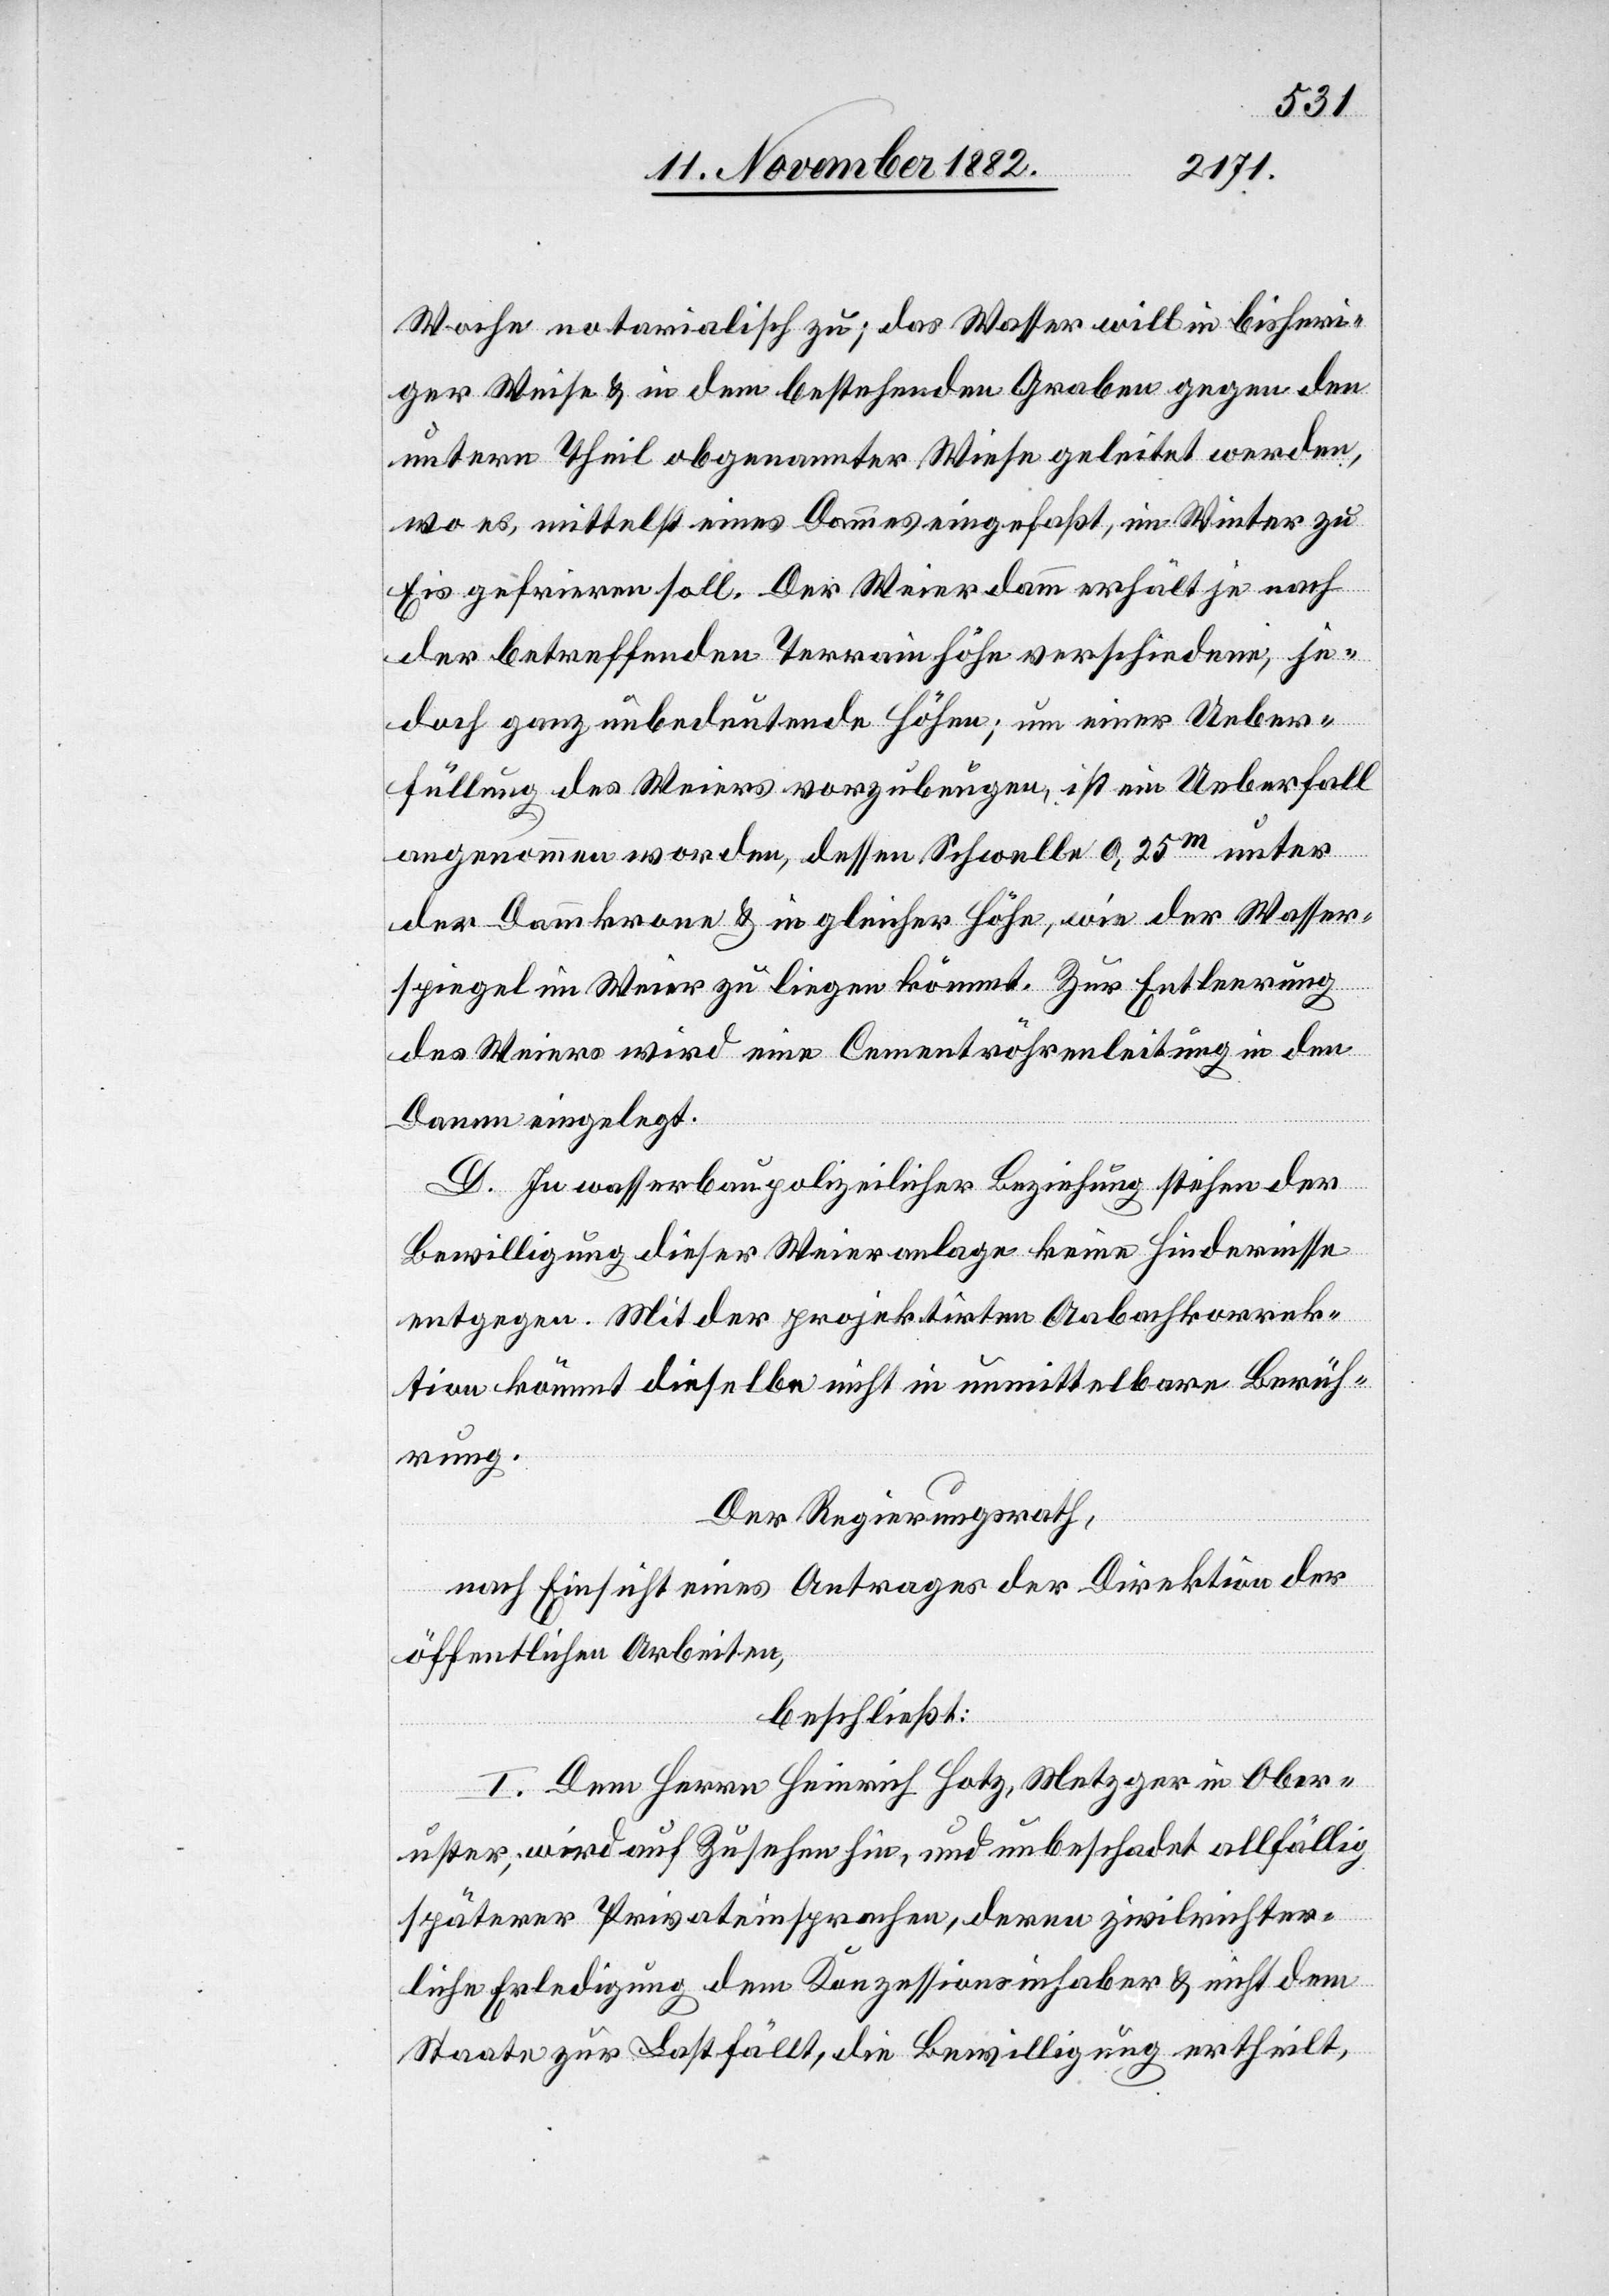
Woche notarialisch zu; das Wasser will in bisheri¬
ger Weise & in dem bestehenden Graben gegen den
untern Theil obgenannter Wiese geleitet werden,
wo es, mittelst eines Dammes eingefaßt, im Winter zu
Eis gefrieren soll. Der Weierdamm erhält je nach
der betreffenden Terrainhöhe verschiedene, je¬
doch ganz unbedeutende Höhen; um einer Ueber¬
füllung des Weiers vorzubeugen, in ein Ueberfall
angenommen worden, dessen Schwelle 0,25m unter
der Dammkrone & in gleicher Höhe, wie der Wasser¬
spiegel im Weier zu liegen kömmt. Zur Entleerung
des Weiers wird eine Cementröhrenleitung in den
Damm eingelegt.
D. In wasserbaupolizeilicher Beziehung stehen der
Bewilligung dieser Weieranlage keine Hindernisse
entgegen. Mit der projektirten Aabachkorrek¬
tion kömmt dieselbe nicht in unmittelbare Berüh¬
rung.
Der Regierungsrath,
nach Einsicht eines Antrages der Direktion der
öffentlichen Arbeiten,
beschließt:
I. Dem Herrn Heinrich Hotz, Metzger in Ober¬
uster, wird auf Zusehen hin, und unbeschadet allfällig
späterer Privateinsprachen, deren zivilrichter¬
liche Erledigung dem Konzessionsinhaber & nicht dem
Staate zur Last fällt, die Bewilligung ertheilt,